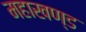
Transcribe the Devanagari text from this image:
महाखण्ड